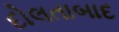
દોલતાબાદ